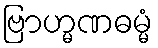
ဗြာဟ္မဏဓမ္မံ